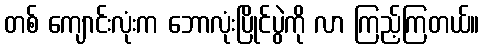
တစ် ကျောင်းလုံးက ဘောလုံးပြိုင်ပွဲကို လာ ကြည့်ကြတယ်။